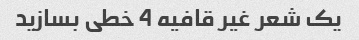
یک شعر غیر قافیه 4 خطی بسازید